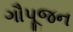
ગૌપૂજન